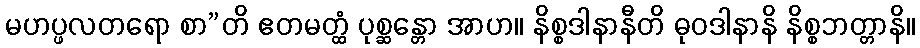
မဟပ္ဖလတရော စာ”တိ ဧတမတ္ထံ ပုစ္ဆန္တော အာဟ။ နိစ္စဒါနာနီတိ ဓုဝဒါနာနိ နိစ္စဘတ္တာနိ။